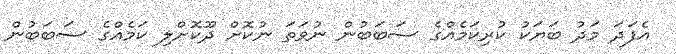
އެފަދަ މަދު ބަޔަކު ކުރިކަމެއްގެ ސަބަބުން ނުވަތަ ނުކޮށް ދޫކޮށްލި ކަމެއްގެ ސަބަބުން